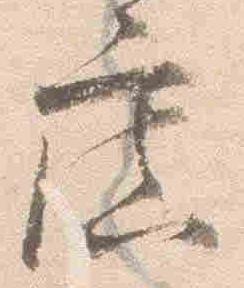
広